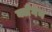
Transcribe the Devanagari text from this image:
क्लैगेन